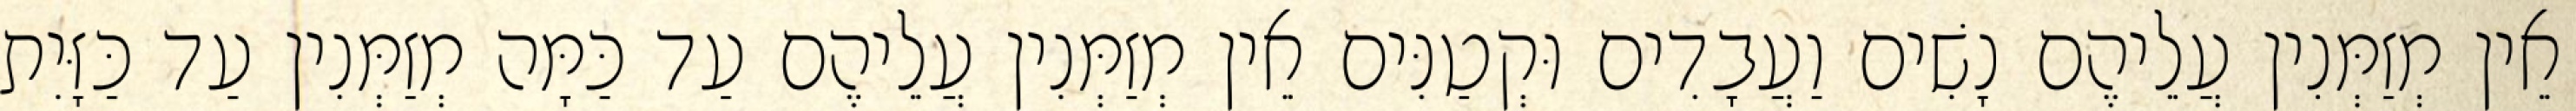
אֵין מְזַמְּנִין עֲלֵיהֶם נָשִׁים וַעֲבָדִים וּקְטַנִּים אֵין מְזַמְּנִין עֲלֵיהֶם עַד כַּמָּה מְזַמְּנִין עַד כַּזָּיִת